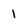
Character: 1